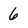
Character: 6